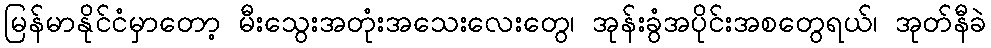
မြန်မာနိုင်ငံမှာတော့ မီးသွေးအတုံးအသေးလေးတွေ၊ အုန်းခွံအပိုင်းအစတွေရယ်၊ အုတ်နီခဲ